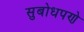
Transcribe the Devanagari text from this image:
सुबोधपणे